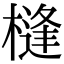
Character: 槰